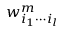
w _ { i _ { 1 } \cdots i _ { l } } ^ { m }